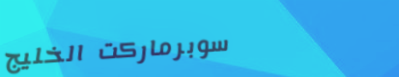
سوبرماركت الخليج